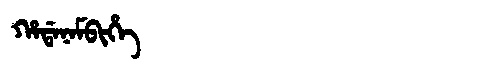
Manchu: ᡥᠠᡩᠠᠨᠠᠮᠪᡳᡥᡝ
Romanization: HADANAMBIHE